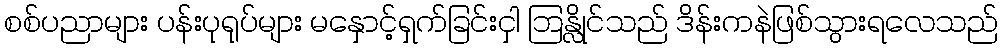
စစ်ပညာများ ပန်းပုရုပ်များ မနှောင့်ရှက်ခြင်းငှါ ဘြန္လိုင်သည် ဒိန်းကနဲဖြစ်သွားရလေသည်